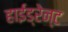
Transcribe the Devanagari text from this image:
हाईड्रेन्ट